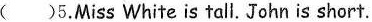
( )5.Miss White is tall. John is short.